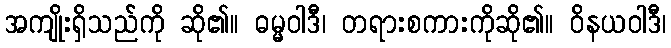
အကျိုးရှိသည်ကို ဆို၏။ ဓမ္မဝါဒီ၊ တရားစကားကိုဆို၏။ ဝိနယဝါဒီ၊